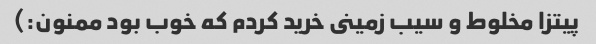
پیتزا مخلوط و سیب زمینى خرید کردم که خوب بود ممنون:)